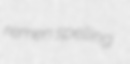
remen spelling